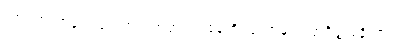
တာဝတိံသာနတ်ပြည်တွင် ဘုရားရှင်နေထိုင်တော်မူပုံ။ အင်္ဂုတ္တရနိကာယ